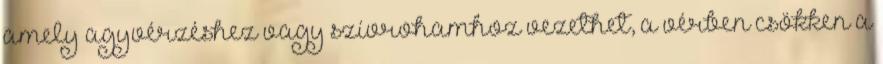
amely agyvérzéshez vagy szívrohamhoz vezethet, a vérben csökken a